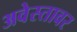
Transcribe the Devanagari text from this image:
अवेस्तावर